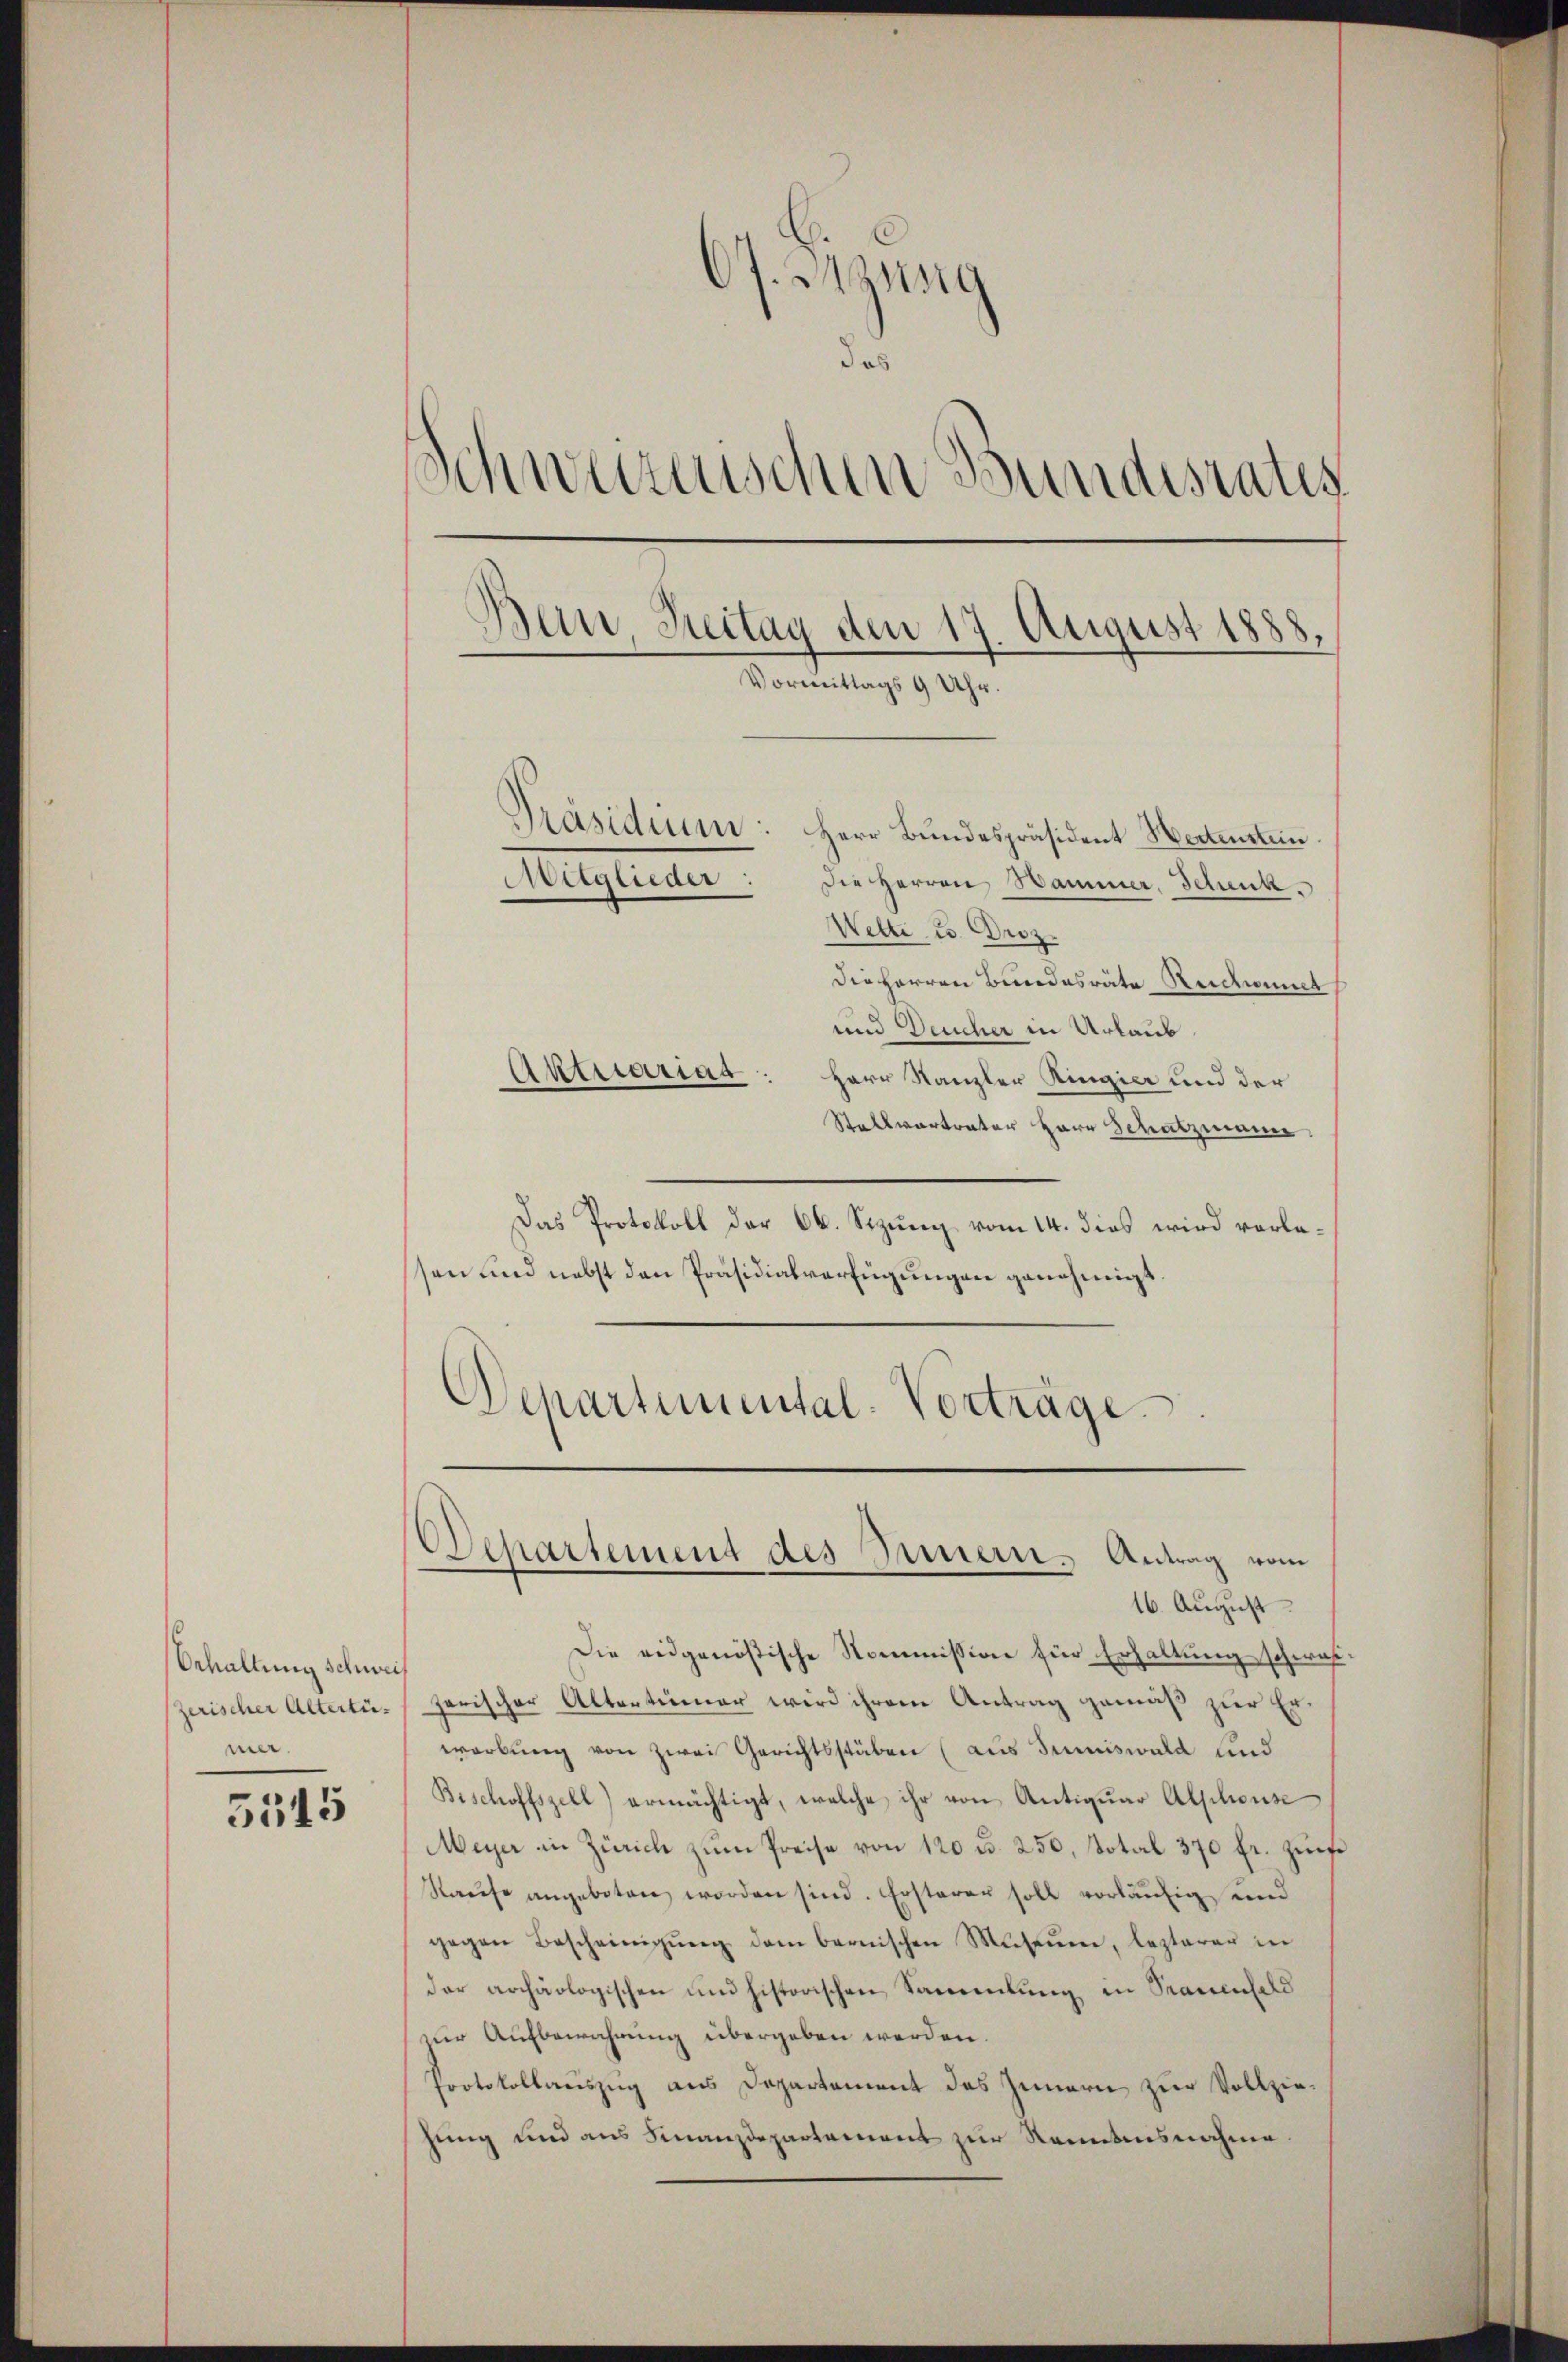
Schaltung schwei
mer.

5545

67. Jung
das
schweizerischen Bundesrates
Bau, Streitag den 17. August 1888.
Vormittags 9 Uhr.
Präsidium: Herr Bundespräsident Hertenstein
Mitglieder: Die Herren Hammer, Schek.
Wette u. Droz.
Die Herren Bundesräte Reichnet

und Deucher in Urlaub
Aktuariar: Herr Kanzler Ringier und der
Stallvertrater Herr Schatzmann.
Das Protokoll der 66. Sizung vom 14. dies wird vorlessen und nebst den Präsidialverfügungen genehmigt.

Departemental-Vorträge.

Departement des Innern. Antrag vom

16. August
Die eidgenößische Kommission für Erhaltung schwa¬
Zerischer Altertü- Zarischer Altertümer wird ihrem Antrag gemäß zur Erwerbung von zwei Gerichtsstäben (aus Summiswald sind
Bischoffszell) ermächtigt, welche ihr von Antiquar Alphonse
Meyer in Zürich zum Preise von 120 u. 250, Total 370 fr. zuefe
Raufe angeboten worden sind. Ersterer soll vorläufig und
gegen Bescheinigŭng dem bernischen Museum, lezterer in
dar archäologischen und historischen Sammlung in Stauenfeld
zur Aufbewahrung übergeben werden.
Protokollauszug aus Departement des Innern zur Vollziehung und aus Finanzdepartement zur Renntnisnahme